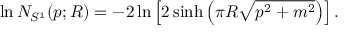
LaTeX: \ln N _ { S ^ { 1 } } ( p ; R ) = - 2 \ln \left[ 2 \sinh \left( \pi R \sqrt { p ^ { 2 } + m ^ { 2 } } \right) \right] .